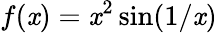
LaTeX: f(\mathit{x})=\mathit{x}^{2}\sin(1/\mathit{x})